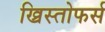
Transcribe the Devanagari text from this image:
ख्रिस्तोफर्स